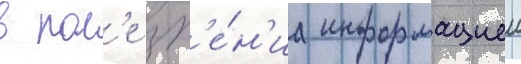
в пол'е зр'е́н'иа информациеи